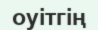
оуітгің